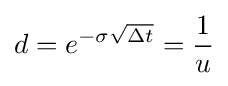
d=e^{-\sigma {\sqrt {\Delta t}}}={\frac {1}{u}}